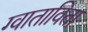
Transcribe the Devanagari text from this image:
ग्वाताविता